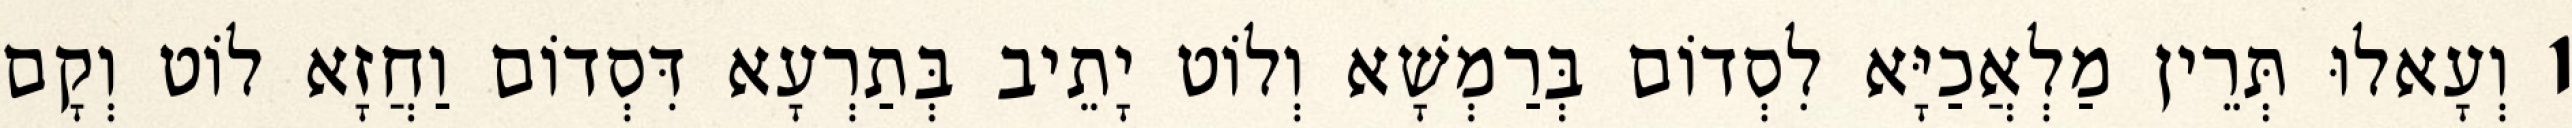
1 וְעָאלוּ תְּרֵין מַלְאֲכַיָּא לִסְדוֹם בְּרַמְשָׁא וְלוֹט יָתֵיב בְּתַרְעָא דִּסְדוֹם וַחֲזָא לוֹט וְקָם